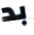
بد